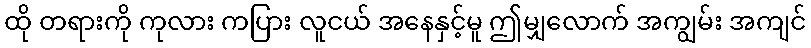
ထို တရားကို ကုလား ကပြား လူငယ် အနေနှင့်မူ ဤမျှလောက် အကျွမ်း အကျင်